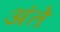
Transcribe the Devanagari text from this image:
अंते